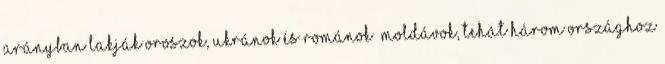
arányban lakják oroszok, ukránok és románok moldávok, tehát három országhoz